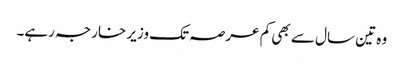
وہ تین سال سے بھی کم عرصہ تک وزیر خارجہ رہے۔